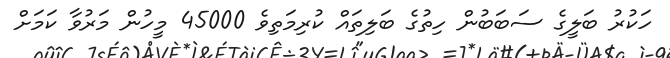
ހަކުރު ބަލީގެ ސަބަބުން ހިތުގެ ބަލިތައް ކުރިމަތިވެ 45000 މީހުން މަރުވާ ކަމަށް